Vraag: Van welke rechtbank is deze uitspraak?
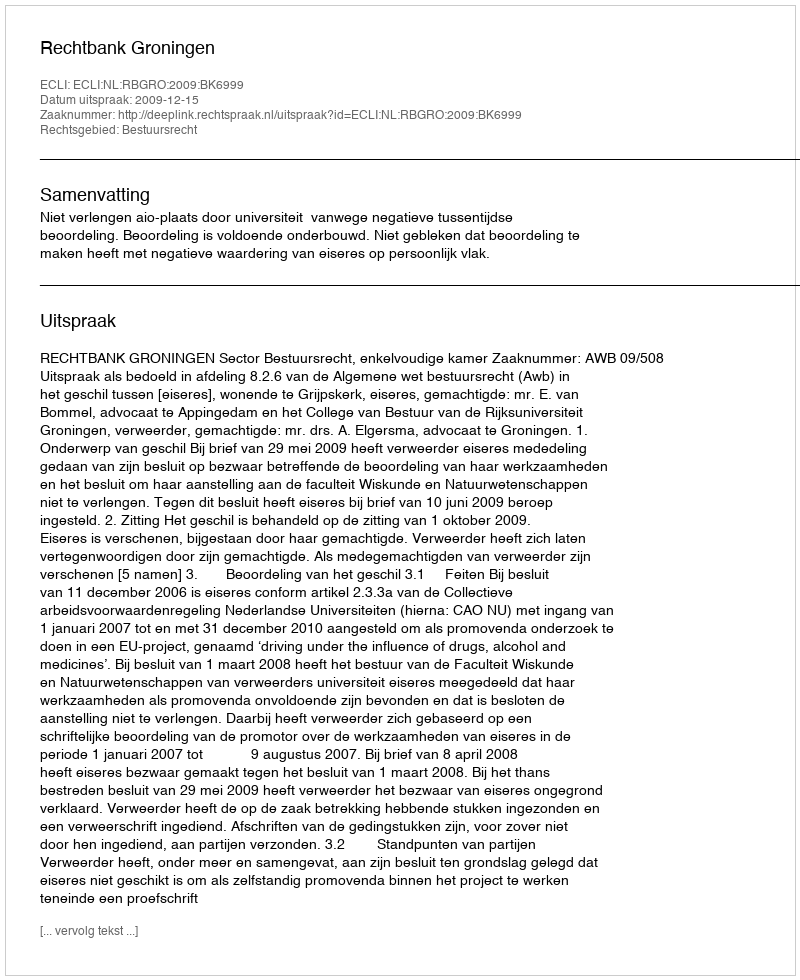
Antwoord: Rechtbank Groningen